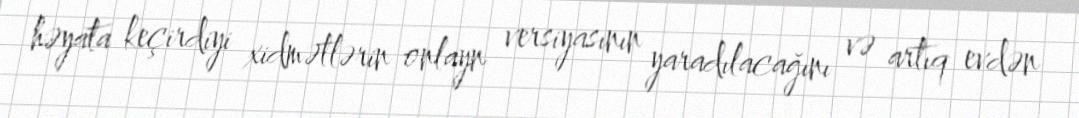
həyata keçirdiyi xidmətlərin onlayn versiyasının yaradılacağını və artıq evdən